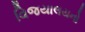
વિજયાલયનો